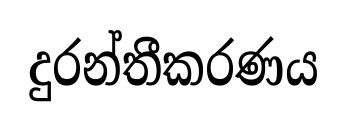
දුරන්තීකරණය